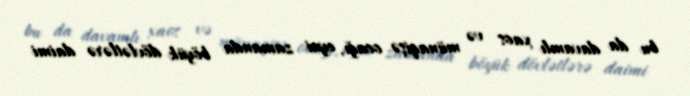
bu da davamlı xaos və münaqişə ocağı, eyni zamanda böyük dövlətlərə daimi